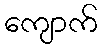
ကျောက်